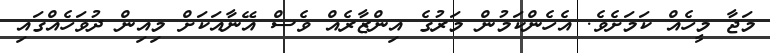
މަޖާ މީހެއް ކަމަށެވެ. އެހެންކަމުން މަރުގެ އިންޒާރެއް ވެސް އޭނާއަކަށް މިއިން ދުވަހެއްގައި